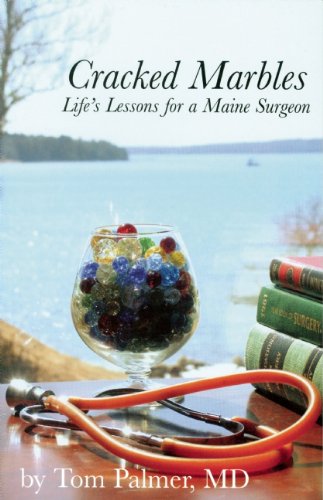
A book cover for Cracked Marbles: Life's Lessons for a Maine Surgeon; Tom Palmer; Travel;